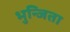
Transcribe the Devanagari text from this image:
भुन्जिता